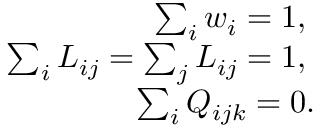
\begin{array} { r } { \sum _ { i } w _ { i } = 1 , \; } \\ { \sum _ { i } L _ { i j } = \sum _ { j } L _ { i j } = 1 , \; } \\ { \sum _ { i } Q _ { i j k } = 0 . } \end{array}